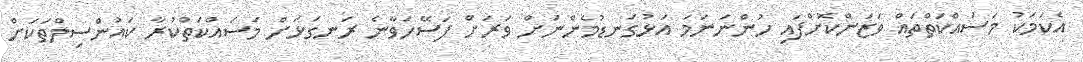
އެކަމަކު މަސައްކަތްތައް ވަޒަންކޮށްފައި ހުންނަނަމަ އަޅުގަނޑުމެންނަށް ވަރަށް ފަސޭހަވާނެ ރަނގަޅަށް މަސައްކަތްކުރާ ކައުންސިލްތަކަށް